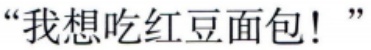
“我想吃红豆面包！”“我想吃红豆面包！”